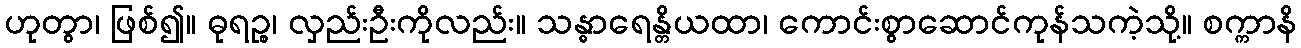
ဟုတွာ၊ ဖြစ်၍။ ဓုရဉ္စ၊ လှည်းဦးကိုလည်း။ သန္ဓာရေန္တိယထာ၊ ကောင်းစွာဆောင်ကုန်သကဲ့သို့။ စက္ကာနိ